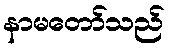
နာမတော်သည်